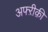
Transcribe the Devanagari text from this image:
अफ्ऱीक़ी